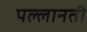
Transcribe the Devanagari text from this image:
पल्लानती